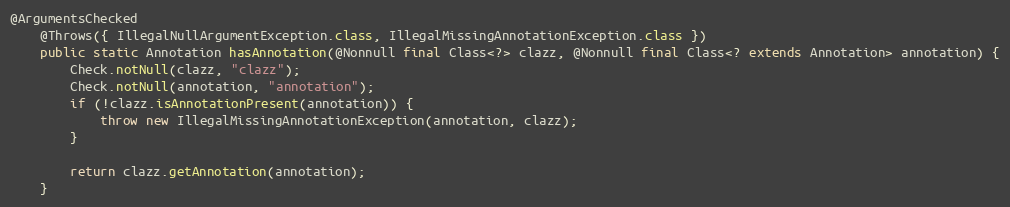
Language: Java
@ArgumentsChecked
	@Throws({ IllegalNullArgumentException.class, IllegalMissingAnnotationException.class })
	public static Annotation hasAnnotation(@Nonnull final Class<?> clazz, @Nonnull final Class<? extends Annotation> annotation) {
		Check.notNull(clazz, "clazz");
		Check.notNull(annotation, "annotation");
		if (!clazz.isAnnotationPresent(annotation)) {
			throw new IllegalMissingAnnotationException(annotation, clazz);
		}

		return clazz.getAnnotation(annotation);
	}